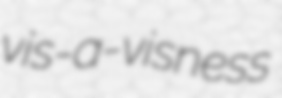
vis-a-visness